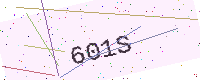
Text: 601S